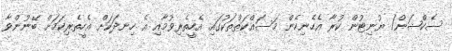
ސެކްޝަން/ ޔުނިޓުން ކުރާ އެހެނިހެން މަސައްކަތްތަކުގައި އެހީތެރިވުމާއި އެ ހިނދަކަށް އެހީތެރިކަމަށް ބޭނުންވާ